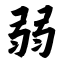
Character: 弱